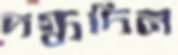
দগ্ধদিন